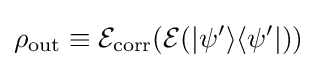
\rho _{\operatorname {out} }\equiv {\mathcal {E}}_{\operatorname {corr} }({\mathcal {E}}(\vert \psi '\rangle \langle \psi '\vert ))